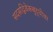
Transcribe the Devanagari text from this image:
सदसद्विवेकबुद्धीवर